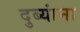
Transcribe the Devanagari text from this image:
दुब्यांना